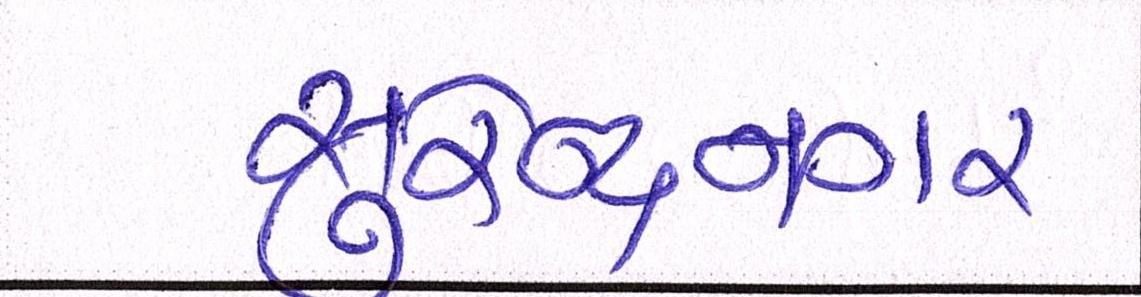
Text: સુરેન્દ્રનગર